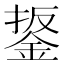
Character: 鋬